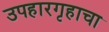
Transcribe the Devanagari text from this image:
उपहारगृहाचा